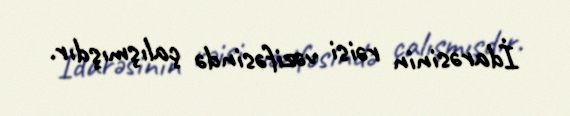
İdarəsinin rəisi vəzifəsində çalışmışdır.